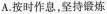
A. 按时作息，坚持锻炼